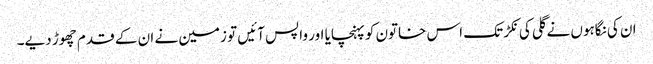
ان کی نگاہوں نے گلی کی نکڑ تک اس خاتون کو پہنچایا اور واپس آئیں تو زمین نے ان کے قدم چھوڑ دیے۔